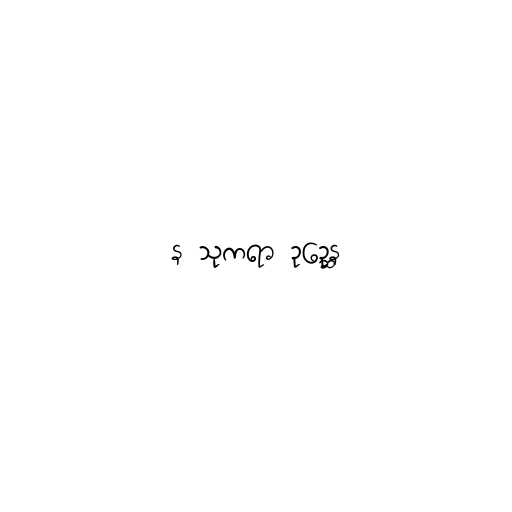
န သုကရာ ဥဉ္ဆေန